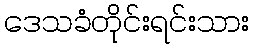
ဒေသခံတိုင်းရင်းသား